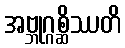
အဗ္ဘုဂ္ဂစ္ဆိဿတိ